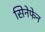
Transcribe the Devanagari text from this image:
सिनेफेन